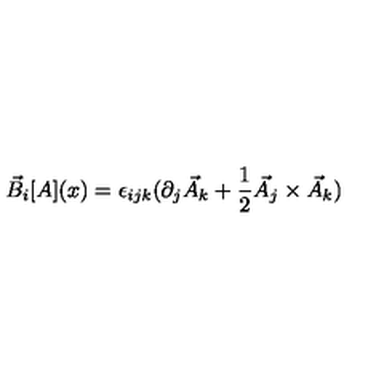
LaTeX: \vec { B } _ { i } [ A ] ( x ) = \epsilon _ { i j k } ( \partial _ { j } \vec { A } _ { k } + \frac { 1 } { 2 } \vec { A } _ { j } \times \vec { A } _ { k } )